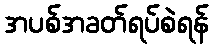
အပစ်အခတ်ရပ်စဲရန်